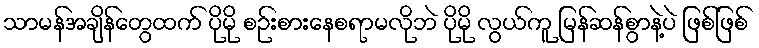
သာမန်အချိန်တွေထက် ပိုမို စဉ်းစားနေစရာမလိုဘဲ ပိုမို လွယ်ကူ မြန်ဆန်စွာနဲ့ပဲ ဖြစ်ဖြစ်